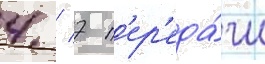
4 / 7 п'ер'еда́чи